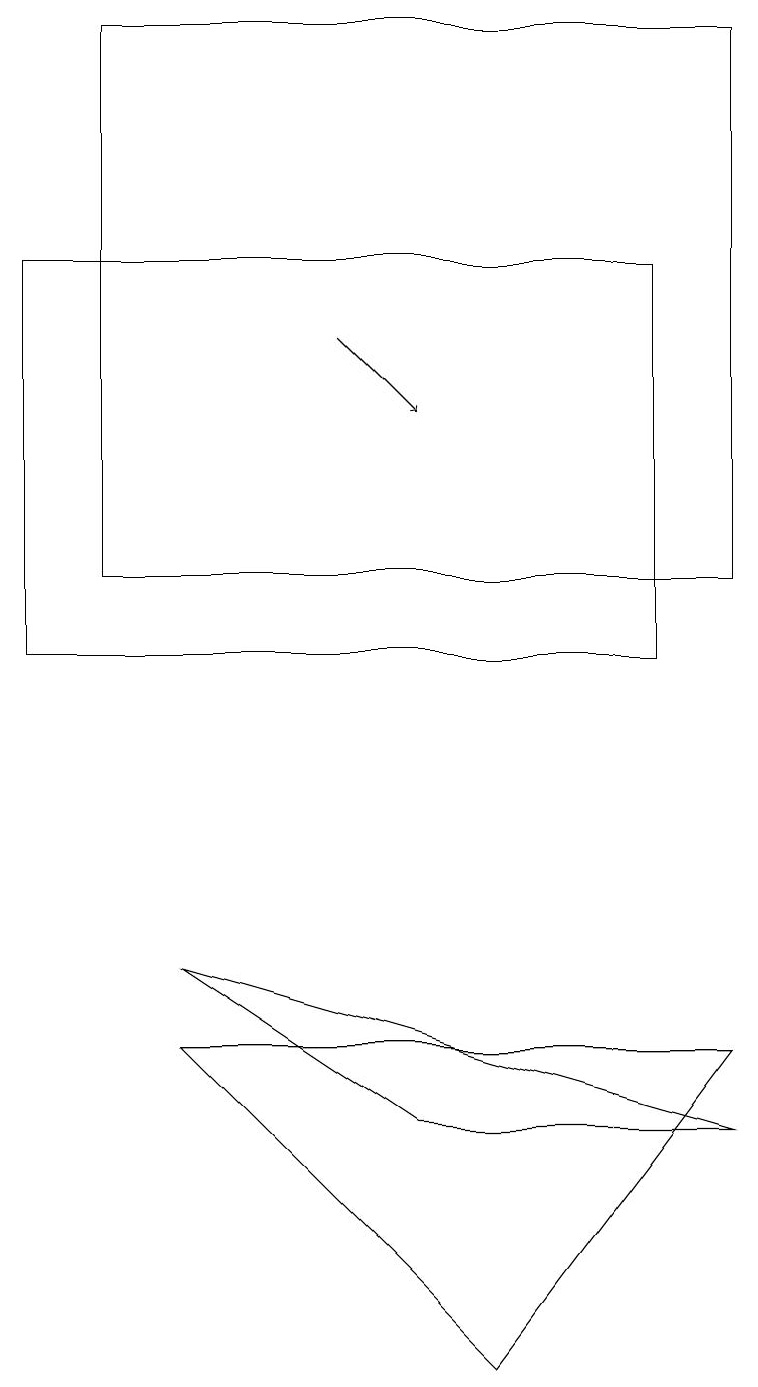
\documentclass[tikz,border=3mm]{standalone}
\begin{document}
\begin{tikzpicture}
\draw (1,11) rectangle (9,18);
\draw (2,5) -- (6,1) -- (9,5) -- cycle;
\draw[->] (4,14) -- (5,13);
\draw (9,4) -- (5,4) -- (2,6) -- cycle;
\draw (0,10) rectangle (8,15);
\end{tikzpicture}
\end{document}